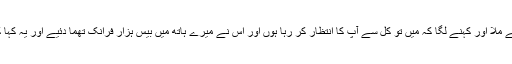
وہاں ایک شخص مجھے ملا اور کہنے لگا کہ میں تو کل سے آپ کا انتظار کر رہا ہوں اور اُس نے میرے ہاتھ میں بیس ہزار فرانک تھما دئیے اور یہ کہا کہ یہ آپ کے لئے ہیں۔